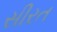
સીરત